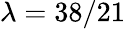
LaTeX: \lambda=38/21